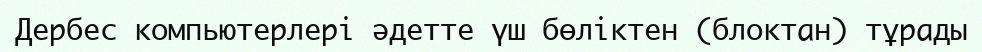
Дербес компьютерлері әдетте үш бөліктен (блоктан) тұрады